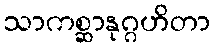
သာကစ္ဆာနုဂ္ဂဟိတာ